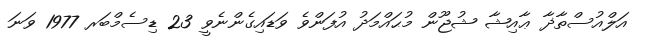
އަލްއުސްތާޛާ ޢާއިޝާ ޝުޖޫން މުޙައްމަދު އުފަންވެ ވަޑައިގެންނެވީ 23 ޑިސެމްބަރ 1977 ވަނަ